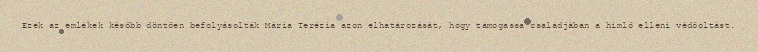
Ezek az emlékek később döntően befolyásolták Mária Terézia azon elhatározását, hogy támogassa családjában a himlő elleni védőoltást.